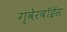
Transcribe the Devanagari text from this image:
ग्‍वेरबॉईस